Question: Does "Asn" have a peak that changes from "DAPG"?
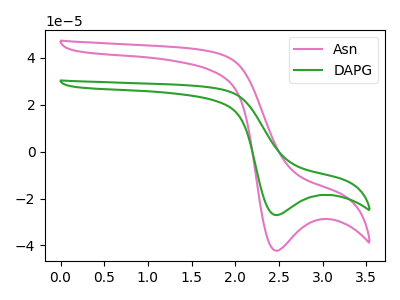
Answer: <think>The pink curve "Asn" has a cathodic peak at: (2.45V, -42.30uA). The green curve "DAPG" has a cathodic peak at: (2.45V, -27.15uA).
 All the peaks in "Asn" have a peak in "DAPG" at the same potential. Every peak in "Asn" is higher than every peak in "DAPG".</think>
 <answer>No, "Asn" and "DAPG" don't appear to be significantly different in shape</answer>
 <eval>no_change</eval>